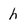
Character: h